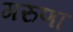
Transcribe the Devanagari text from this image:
गरुणा